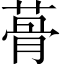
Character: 蓇